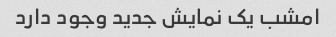
امشب یک نمایش جدید وجود دارد